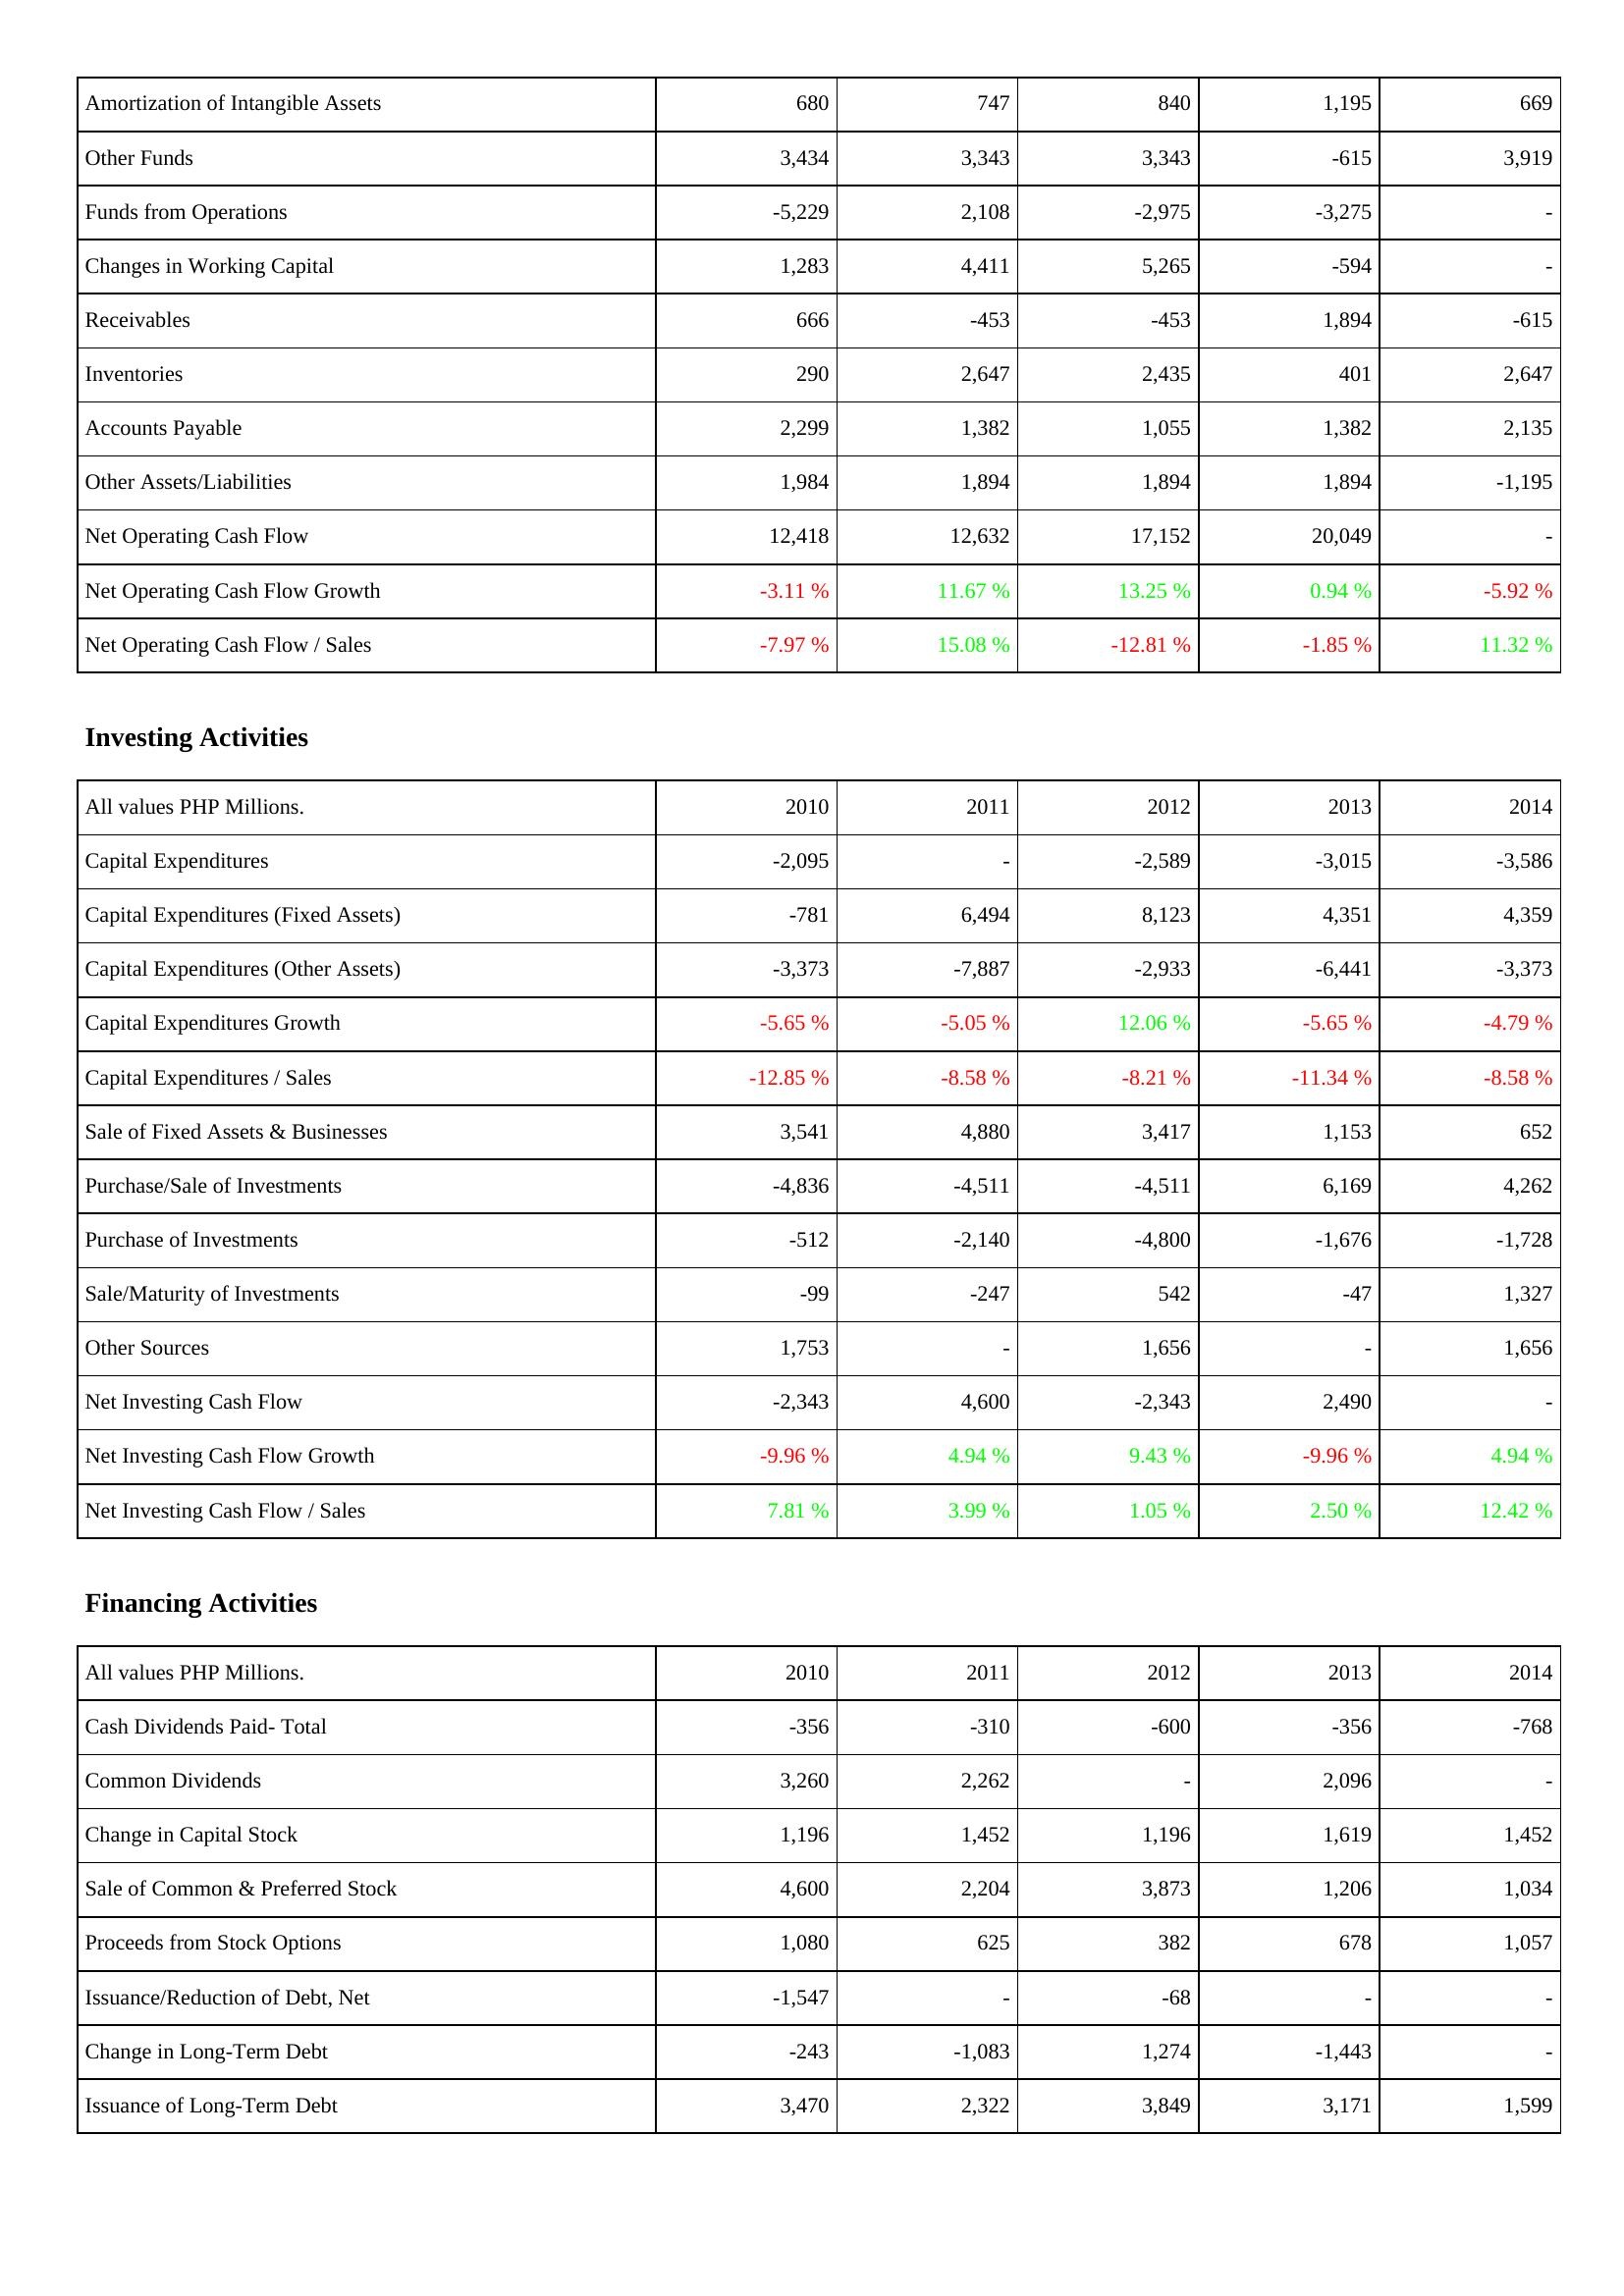
2010: Operating Activities: Amortization of Intangible Assets: 680
Other Funds: 3,434
Funds from Operations: -5,229
Changes in Working Capital: 1,283
Receivables: 666
Inventories: 290
Accounts Payable: 2,299
Other Assets/Liabilities: 1,984
Net Operating Cash Flow: 12,418
Net Operating Cash Flow Growth: -3.11 %
Net Operating Cash Flow / Sales: -7.97 %
Investing Activities: Capital Expenditures: -2,095
Capital Expenditures (Fixed Assets): -781
Capital Expenditures (Other Assets): -3,373
Capital Expenditures Growth: -5.65 %
Capital Expenditures / Sales: -12.85 %
Sale of Fixed Assets & Businesses: 3,541
Purchase/Sale of Investments: -4,836
Purchase of Investments: -512
Sale/Maturity of Investments: -99
Other Sources: 1,753
Net Investing Cash Flow: -2,343
Net Investing Cash Flow Growth: -9.96 %
Net Investing Cash Flow / Sales: 7.81 %
Financing Activities: Cash Dividends Paid- Total: -356
Common Dividends: 3,260
Change in Capital Stock: 1,196
Sale of Common & Preferred Stock: 4,600
Proceeds from Stock Options: 1,080
Issuance/Reduction of Debt, Net: -1,547
Change in Long-Term Debt: -243
Issuance of Long-Term Debt: 3,470
2011: Operating Activities: Amortization of Intangible Assets: 747
Other Funds: 3,343
Funds from Operations: 2,108
Changes in Working Capital: 4,411
Receivables: -453
Inventories: 2,647
Accounts Payable: 1,382
Other Assets/Liabilities: 1,894
Net Operating Cash Flow: 12,632
Net Operating Cash Flow Growth: 11.67 %
Net Operating Cash Flow / Sales: 15.08 %
Investing Activities: Capital Expenditures: -
Capital Expenditures (Fixed Assets): 6,494
Capital Expenditures (Other Assets): -7,887
Capital Expenditures Growth: -5.05 %
Capital Expenditures / Sales: -8.58 %
Sale of Fixed Assets & Businesses: 4,880
Purchase/Sale of Investments: -4,511
Purchase of Investments: -2,140
Sale/Maturity of Investments: -247
Other Sources: -
Net Investing Cash Flow: 4,600
Net Investing Cash Flow Growth: 4.94 %
Net Investing Cash Flow / Sales: 3.99 %
Financing Activities: Cash Dividends Paid- Total: -310
Common Dividends: 2,262
Change in Capital Stock: 1,452
Sale of Common & Preferred Stock: 2,204
Proceeds from Stock Options: 625
Issuance/Reduction of Debt, Net: -
Change in Long-Term Debt: -1,083
Issuance of Long-Term Debt: 2,322
2012: Operating Activities: Amortization of Intangible Assets: 840
Other Funds: 3,343
Funds from Operations: -2,975
Changes in Working Capital: 5,265
Receivables: -453
Inventories: 2,435
Accounts Payable: 1,055
Other Assets/Liabilities: 1,894
Net Operating Cash Flow: 17,152
Net Operating Cash Flow Growth: 13.25 %
Net Operating Cash Flow / Sales: -12.81 %
Investing Activities: Capital Expenditures: -2,589
Capital Expenditures (Fixed Assets): 8,123
Capital Expenditures (Other Assets): -2,933
Capital Expenditures Growth: 12.06 %
Capital Expenditures / Sales: -8.21 %
Sale of Fixed Assets & Businesses: 3,417
Purchase/Sale of Investments: -4,511
Purchase of Investments: -4,800
Sale/Maturity of Investments: 542
Other Sources: 1,656
Net Investing Cash Flow: -2,343
Net Investing Cash Flow Growth: 9.43 %
Net Investing Cash Flow / Sales: 1.05 %
Financing Activities: Cash Dividends Paid- Total: -600
Common Dividends: -
Change in Capital Stock: 1,196
Sale of Common & Preferred Stock: 3,873
Proceeds from Stock Options: 382
Issuance/Reduction of Debt, Net: -68
Change in Long-Term Debt: 1,274
Issuance of Long-Term Debt: 3,849
2013: Operating Activities: Amortization of Intangible Assets: 1,195
Other Funds: -615
Funds from Operations: -3,275
Changes in Working Capital: -594
Receivables: 1,894
Inventories: 401
Accounts Payable: 1,382
Other Assets/Liabilities: 1,894
Net Operating Cash Flow: 20,049
Net Operating Cash Flow Growth: 0.94 %
Net Operating Cash Flow / Sales: -1.85 %
Investing Activities: Capital Expenditures: -3,015
Capital Expenditures (Fixed Assets): 4,351
Capital Expenditures (Other Assets): -6,441
Capital Expenditures Growth: -5.65 %
Capital Expenditures / Sales: -11.34 %
Sale of Fixed Assets & Businesses: 1,153
Purchase/Sale of Investments: 6,169
Purchase of Investments: -1,676
Sale/Maturity of Investments: -47
Other Sources: -
Net Investing Cash Flow: 2,490
Net Investing Cash Flow Growth: -9.96 %
Net Investing Cash Flow / Sales: 2.50 %
Financing Activities: Cash Dividends Paid- Total: -356
Common Dividends: 2,096
Change in Capital Stock: 1,619
Sale of Common & Preferred Stock: 1,206
Proceeds from Stock Options: 678
Issuance/Reduction of Debt, Net: -
Change in Long-Term Debt: -1,443
Issuance of Long-Term Debt: 3,171
2014: Operating Activities: Amortization of Intangible Assets: 669
Other Funds: 3,919
Funds from Operations: -
Changes in Working Capital: -
Receivables: -615
Inventories: 2,647
Accounts Payable: 2,135
Other Assets/Liabilities: -1,195
Net Operating Cash Flow: -
Net Operating Cash Flow Growth: -5.92 %
Net Operating Cash Flow / Sales: 11.32 %
Investing Activities: Capital Expenditures: -3,586
Capital Expenditures (Fixed Assets): 4,359
Capital Expenditures (Other Assets): -3,373
Capital Expenditures Growth: -4.79 %
Capital Expenditures / Sales: -8.58 %
Sale of Fixed Assets & Businesses: 652
Purchase/Sale of Investments: 4,262
Purchase of Investments: -1,728
Sale/Maturity of Investments: 1,327
Other Sources: 1,656
Net Investing Cash Flow: -
Net Investing Cash Flow Growth: 4.94 %
Net Investing Cash Flow / Sales: 12.42 %
Financing Activities: Cash Dividends Paid- Total: -768
Common Dividends: -
Change in Capital Stock: 1,452
Sale of Common & Preferred Stock: 1,034
Proceeds from Stock Options: 1,057
Issuance/Reduction of Debt, Net: -
Change in Long-Term Debt: -
Issuance of Long-Term Debt: 1,599